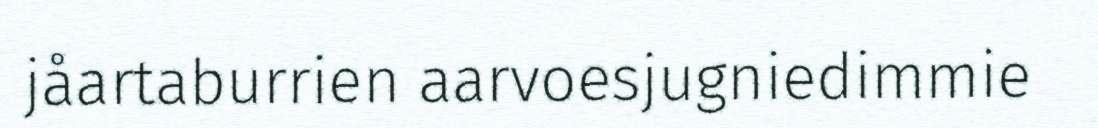
jåartaburrien aarvoesjugniedimmie